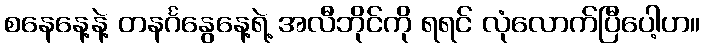
စနေနေ့နဲ့ တနင်္ဂနွေနေ့ရဲ့ အလီဘိုင်ကို ရရင် လုံလောက်ပြီပေါ့ဟ။